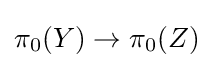
\pi _{0}(Y)\to \pi _{0}(Z)